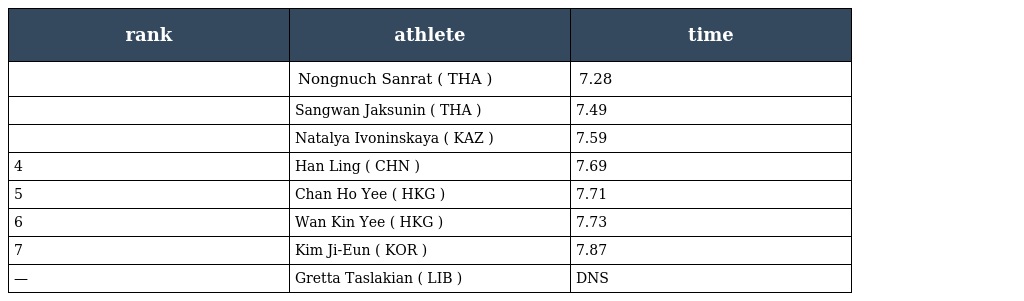
| rank | athlete | time |
 | --- | --- | --- |
 |  | Nongnuch Sanrat ( THA ) | 7.28 |
 |  | Sangwan Jaksunin ( THA ) | 7.49 |
 |  | Natalya Ivoninskaya ( KAZ ) | 7.59 |
 | 4 | Han Ling ( CHN ) | 7.69 |
 | 5 | Chan Ho Yee ( HKG ) | 7.71 |
 | 6 | Wan Kin Yee ( HKG ) | 7.73 |
 | 7 | Kim Ji-Eun ( KOR ) | 7.87 |
 | — | Gretta Taslakian ( LIB ) | DNS |